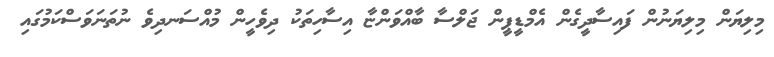
މިލިޔަން މިލިޔަނުން ފައިސާދީގެން އެމްޑީޕީން ޖަލްސާ ބާއްވަންޏާ އިސާހިތަކު ދިވެހީން މުއްސަނދިވެ ނުތަނަވަސްކަމުގައި